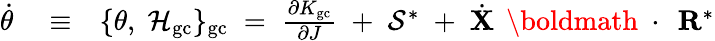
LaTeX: \begin{array}{rlr}{\dot{\theta}}&{{}\equiv}&{\{ \theta,\; {\cal H}_{\mathrm{gc}}\} _{\mathrm{gc}}\; =\; \frac{\partial K_{\mathrm{gc}}}{\partial J}\; +\; {\cal S}^{*}\; +\; \dot{\mathbf X}\, \mathrm{~\boldmath~\cdot~}\, {\mathbf R}^{*}}\end{array}